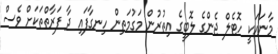
މާނައަކީ ހޮޓެލް ޖެންގެ ލޮބީގެ އިތުރުން މަގުމަތިން ހިނގާފައި ދާ ފަރާތްތަކަށް ވެސް